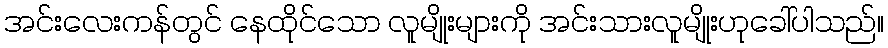
အင်းလေးကန်တွင် နေထိုင်သော လူမျိုးများကို အင်းသားလူမျိုးဟုခေါ်ပါသည်။